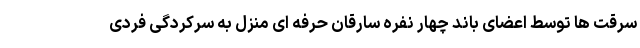
سرقت ها توسط اعضای باند چهار نفره سارقان حرفه ای منزل به سرکردگی فردی